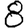
Digit: 8